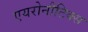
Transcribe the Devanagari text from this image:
एयरोनौटिक्स